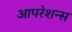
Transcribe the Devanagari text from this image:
आपरेशन्स